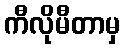
ကီလိုမီတာမှ